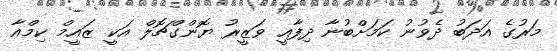
މަރުގެ އަދަބު ދެވުނު ކަމަށްބުނާ ދިފާއީ ވަޒީރު ޔޮންގްޗޮލް އަކީ ޒައީމް ކިމްއާ